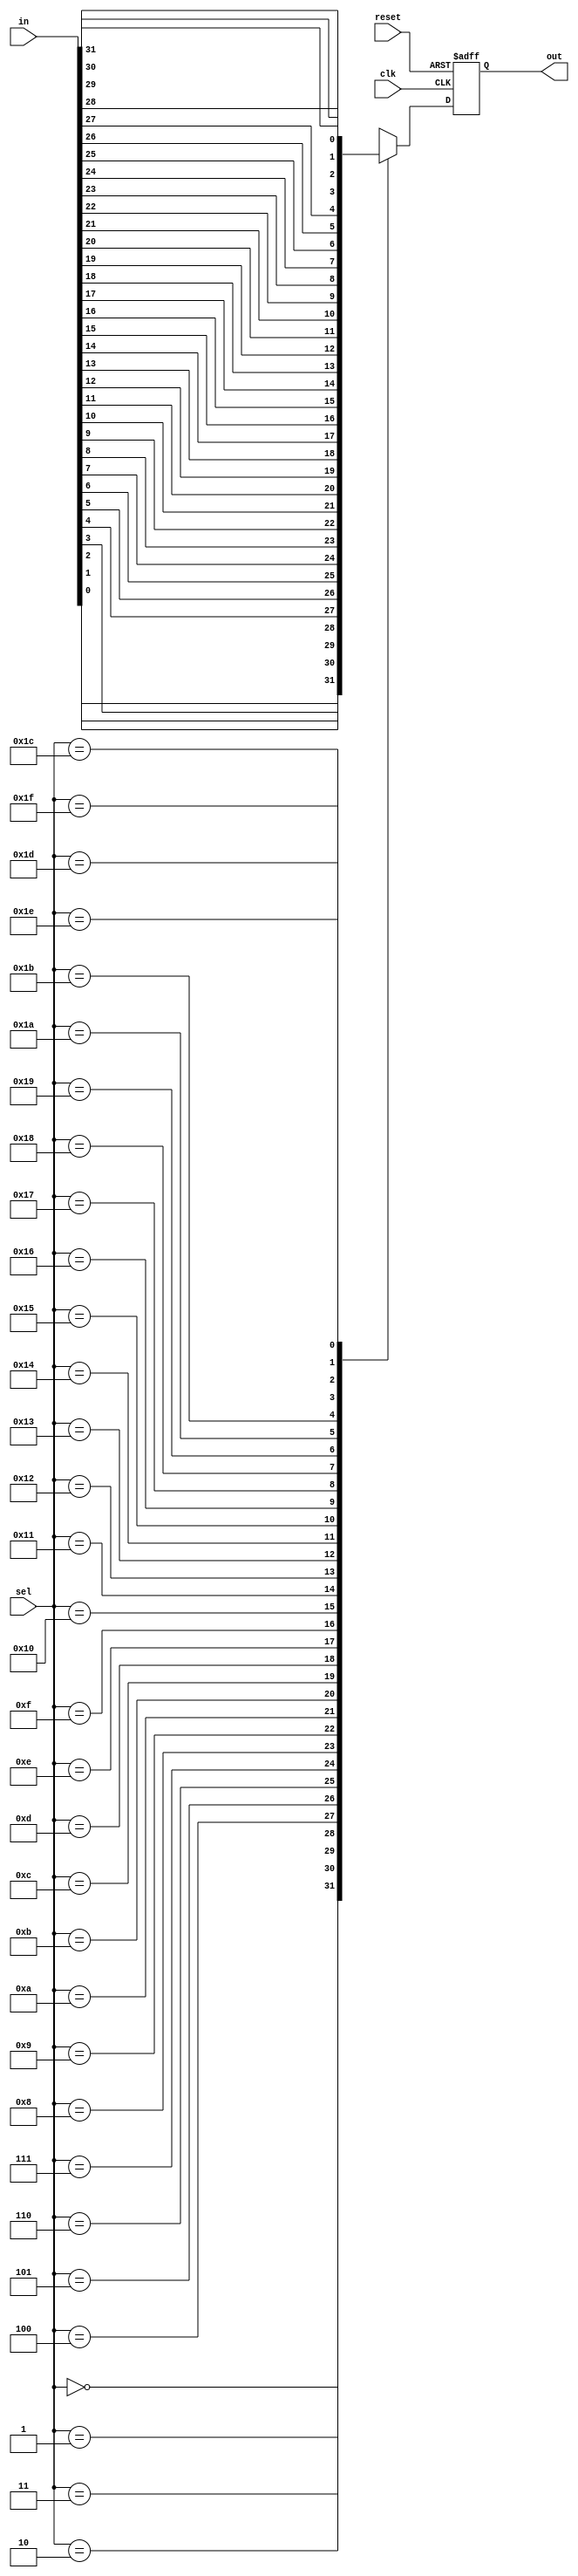
module tp_channel_mux
(
	input clk,
	input reset,
	input [4:0]sel,
	input [31:0]in,
	output reg out
);
	always @(posedge clk or posedge reset)
	begin
		if (reset) out <= 0;
		else
		begin
			case (sel)
				5'd0:  out <= in[0];
				5'd1:  out <= in[1];
				5'd2:  out <= in[2];
				5'd3:  out <= in[3];
				5'd4:  out <= in[4];
				5'd5:  out <= in[5];
				5'd6:  out <= in[6];
				5'd7:  out <= in[7];
				5'd8:  out <= in[8];
				5'd9:  out <= in[9];
				5'd10: out <= in[10];
				5'd11: out <= in[11];
				5'd12: out <= in[12];
				5'd13: out <= in[13];
				5'd14: out <= in[14];
				5'd15: out <= in[15];
				5'd16: out <= in[16];
				5'd17: out <= in[17];
				5'd18: out <= in[18];
				5'd19: out <= in[19];
				5'd20: out <= in[20];
				5'd21: out <= in[21];
				5'd22: out <= in[22];
				5'd23: out <= in[23];
				5'd24: out <= in[24];
				5'd25: out <= in[25];
				5'd26: out <= in[26];
				5'd27: out <= in[27];
				5'd28: out <= in[28];
				5'd29: out <= in[29];
				5'd30: out <= in[30];
				5'd31: out <= in[31];
			endcase
		end
	end
endmodule